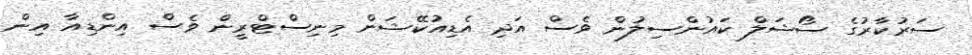
ސަރުކާރުގެ ސޯޝަލް ކައުންސިލުން ވެސް އަދި އެޑިއުކޭޝަން މިނިސްޓްރީން ވެސް އިންޑިއާ އިން